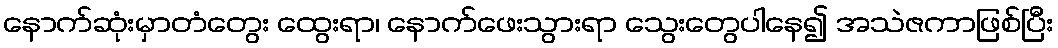
နောက်ဆုံးမှာတံတွေး ထွေးရာ၊ နောက်ဖေးသွားရာ သွေးတွေပါနေ၍ အသဲဇကာဖြစ်ပြီး